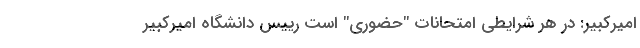
امیرکبیر: در هر شرایطی امتحانات "حضوری" است رییس دانشگاه امیرکبیر